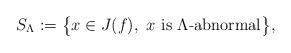
LaTeX: \begin{align*}S_{\Lambda}:=\big\{x\in J(f),~x~\mbox{is $\Lambda$-abnormal}\big\},\end{align*}